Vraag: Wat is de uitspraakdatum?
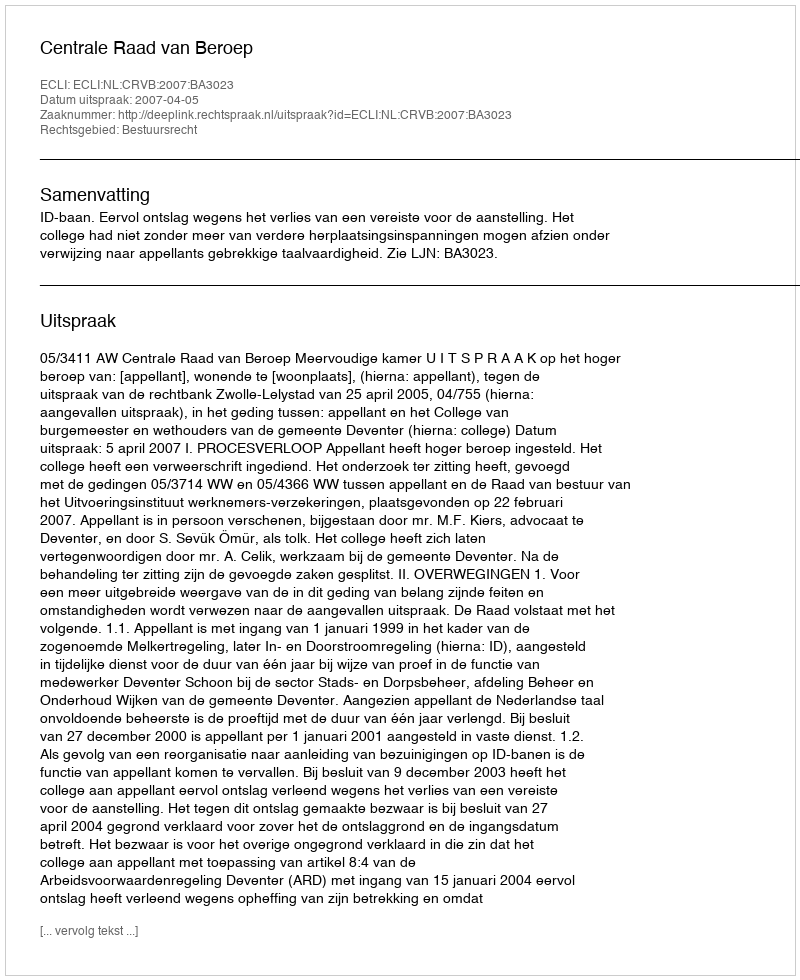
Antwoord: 2007-04-05